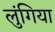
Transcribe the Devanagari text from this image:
लुंगिया